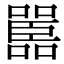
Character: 嚚